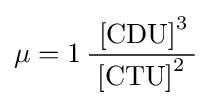
\mu =1\,{\frac {\;{\text{[CDU]}}^{3}\,}{\;{\text{[CTU]}}^{2}~}}